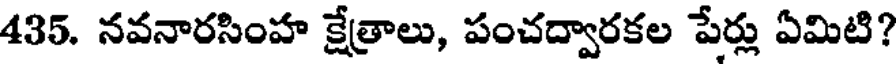
435. నవనారసింహ క్షేత్రాలు, పంచద్వారకల పేర్లు ఏమిటి?